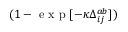
( 1 - \mathrm { ~ e ~ x ~ p ~ } [ - \kappa \Delta _ { i j } ^ { a b } ] )